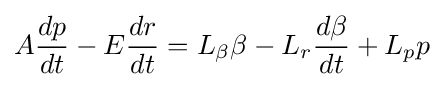
A{\frac {dp}{dt}}-E{\frac {dr}{dt}}=L_{\beta }\beta -L_{r}{\frac {d\beta }{dt}}+L_{p}p